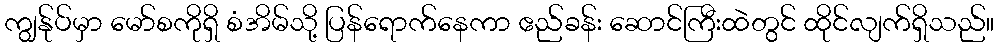
ကျွန်ုပ်မှာ မော်စကိုရှိ စံအိမ်သို့ ပြန်ရောက်နေကာ ဧည်ခန်း ဆောင်ကြီးထဲတွင် ထိုင်လျက်ရှိသည်။